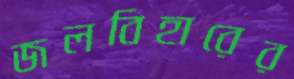
জলবিহারের